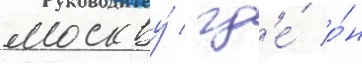
москву́ / гд'е́ о́н